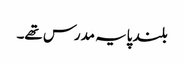
بلند پایہ مدرس تھے۔